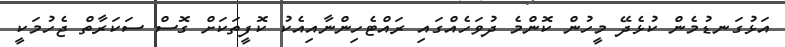
އަޅުގަނޑުމެން ކުޅެދޭ މީހުން ކޮންމެ ދުވަހެއްގައި ރައްޓެހިންނާއިއެކު ކޮފީތަކަށް ގޮސް ސަކަރާތް ޖެހުމަކީ